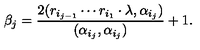
\beta _ { j } = \frac { 2 ( r _ { i _ { j - 1 } } \cdots r _ { i _ { 1 } } \cdot \lambda , \alpha _ { i _ { j } } ) } { ( \alpha _ { i _ { j } } , \alpha _ { i _ { j } } ) } + 1 .